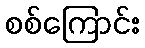
စစ်ကြောင်း